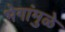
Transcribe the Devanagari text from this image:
भेगांमुळे